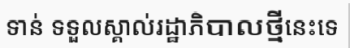
ទាន់ ទទួលស្គាល់រដ្ឋាភិបាលថ្មីនេះទេ